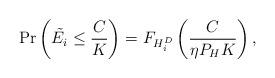
LaTeX: \begin{align*}\textrm{Pr}\left(\tilde{E_i} \leq \frac{C}{K}\right) = F_{H^D_i}\left(\frac{C}{\eta P_H K}\right),\end{align*}